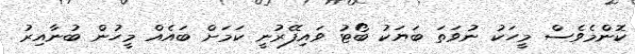
ކޮންމެވެސް މީހަކު ނުވަތަ ބަޔަކު ބޯޓު ވައިފޭރުނީ ކަމަށް ބައެއް މީހުން ބުނާއިރު